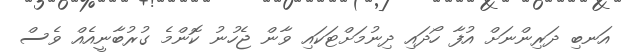
އަނބި ދަރިންނަށް އުފާ ހޯދައި ދިނުމަށްޓަކައި ވާން ޖެހުނު ކޮންމެ ގުރުބާނީއެއް ވެސް